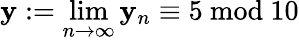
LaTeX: \mathbf{y}:=\operatorname*{lim}_{n\to\infty}\mathbf{y}_{n}\equiv5{\mathrm{{~mod~}}}10